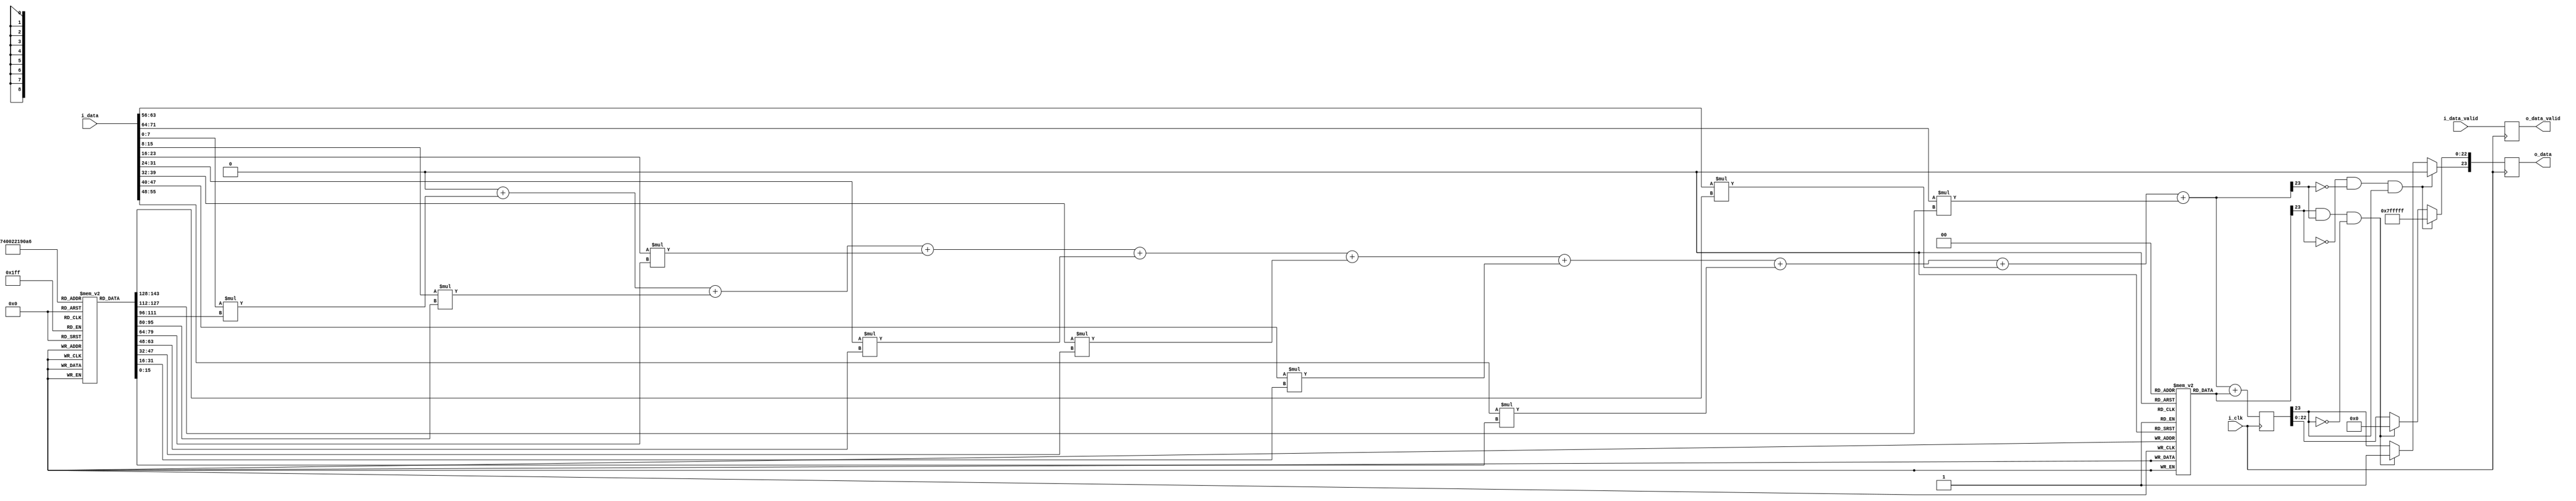
`timescale 1ns / 1ps

module Convolution #(parameter ConvData=1)(
input i_clk,
input i_data_valid,
input [71:0]i_data,
output reg o_data_valid,
output reg [23:0]o_data
    );
  
  integer i;
  reg [15:0] coeff[26:0];reg [23:0]bias[2:0];
  reg [23:0] sum,mul;reg [23:0] BiasAdd,x;

  initial 
  begin
  coeff[0]=16'b1001011101000;	coeff[1]=16'b1010001110000;	coeff[2]=16'b111011010110;
  coeff[3]=16'b1100100101010;    coeff[4]=16'b11111100;    coeff[5]=16'b1001001111111;
  coeff[6]=16'b1100011011100;    coeff[7]=16'b110010000000;    coeff[8]=16'b1010010110010;
          
  coeff[9]=16'b1110111110101011;    coeff[10]=16'b11100110000;    coeff[11]=16'b1111011100111111;
  coeff[12]=16'b10101010010;    coeff[13]=16'b1100100101011;    coeff[14]=16'b101100111100;
  coeff[15]=16'b100001010000;    coeff[16]=16'b111101000111;    coeff[17]=16'b110011011000;
          
  coeff[18]=16'b1000100101000;    coeff[19]=16'b10110111;    coeff[20]=16'b1101011111000110;
  coeff[21]=16'b1001001010110;    coeff[22]=16'b101110100001;    coeff[23]=16'b1101101111101010;
  coeff[24]=16'b111001110000;    coeff[25]=16'b1001111001100;    coeff[26]=16'b1101111001111011;
          
          
  bias[0]=24'b1011000100;        
  bias[1]=24'b111111111011001001000010;        
  bias[2]=24'b101000010000101;        


  end

always@(posedge i_clk)
o_data_valid <= i_data_valid;

always@(posedge i_clk)
begin
 sum = 0;x=0;
    for(i=9*(ConvData-1);i<(9*ConvData);i=i+1)
    begin
        mul = $signed(i_data[(i-(9*(ConvData-1)))*8+:8])*$signed(coeff[i]);
      /*  if(coeff[i][15]==0)begin
            if(mul[23]==1)begin
                mul = 24'b011111111111111111111111;
            end
        end
        else begin
            if(mul[23]==0)begin
                mul = 24'b100000000000000000000000;
            end
        end */
        x=$signed(x)+$signed(mul);             
        
                 if(!sum[23] &!mul[23] & x[23]) //If bias and sum are positive and after adding bias to sum, if sign bit becomes 1, saturate
              begin
                  x[23] <= 1'b0;
                  x[22:0] <= {23{1'b1}};
              end
          else if(mul[23] & sum[23] &  !x[23]) //If bias and sum are negative and after addition if sign bit is 0, saturate
              begin
                  x[23] <= 1'b1;
                  x[22:0] <= {23{1'b0}};
              end
          else
                  x <= x;
   
    end
    sum =  $signed(x);
    
    BiasAdd <= $signed(sum) + $signed(bias[ConvData-1]); 
         if(!bias[ConvData-1][23] &!sum[23] & BiasAdd[23]) //If bias and sum are positive and after adding bias to sum, if sign bit becomes 1, saturate
               begin
                   o_data[23] <= 1'b0;
                   o_data[22:0] <= {23{1'b1}};
               end
           else if(bias[ConvData-1][23] & sum[23] &  !BiasAdd[23]) //If bias and sum are negative and after addition if sign bit is 0, saturate
               begin
                   o_data[23] <= 1'b1;
                   o_data[22:0] <= {23{1'b0}};
               end
           else
                   o_data <= BiasAdd;
    
 end 

endmodule